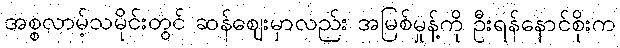
အစ္စလာမ့်သမိုင်းတွင် ဆန်ဈေးမှာလည်း အမြစ်မှုန့်ကို ဦးရန်နောင်စိုးက